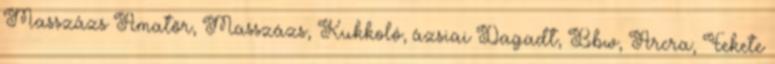
Masszázs Amatõr, Masszázs, Kukkoló, ázsiai Dagadt, Bbw, Arcra, Fekete